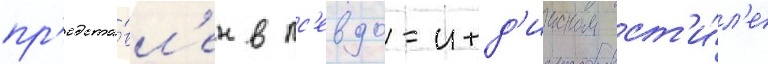
пр'едста́вл'ен в пс'евдо-инд'ииском ст'и́л'е